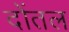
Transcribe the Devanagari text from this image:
दोंतल